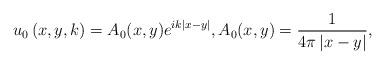
LaTeX: \begin{align*}u_{0}\left( x,y,k\right) =A_{0}(x,y)e^{ik\left\vert x-y\right\vert },A_{0}(x,y)=\frac{1}{4\pi \left\vert x-y\right\vert }, \end{align*}